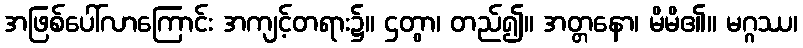
အဖြစ်ပေါ်လာကြောင်း အကျင့်တရား၌။ ဌတွာ၊ တည်၍။ အတ္တနော၊ မိမိ၏။ မဂ္ဂဿ၊